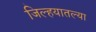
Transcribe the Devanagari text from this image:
जिल्हयातल्या